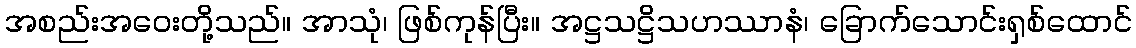
အစည်းအဝေးတို့သည်။ အာသုံ၊ ဖြစ်ကုန်ပြီး။ အဋ္ဌသဋ္ဌိသဟဿာနံ၊ ခြောက်သောင်းရှစ်ထောင်